65_HS1-834228961_62-HQ-83894_Section_8
Agency: FBI
Page 60
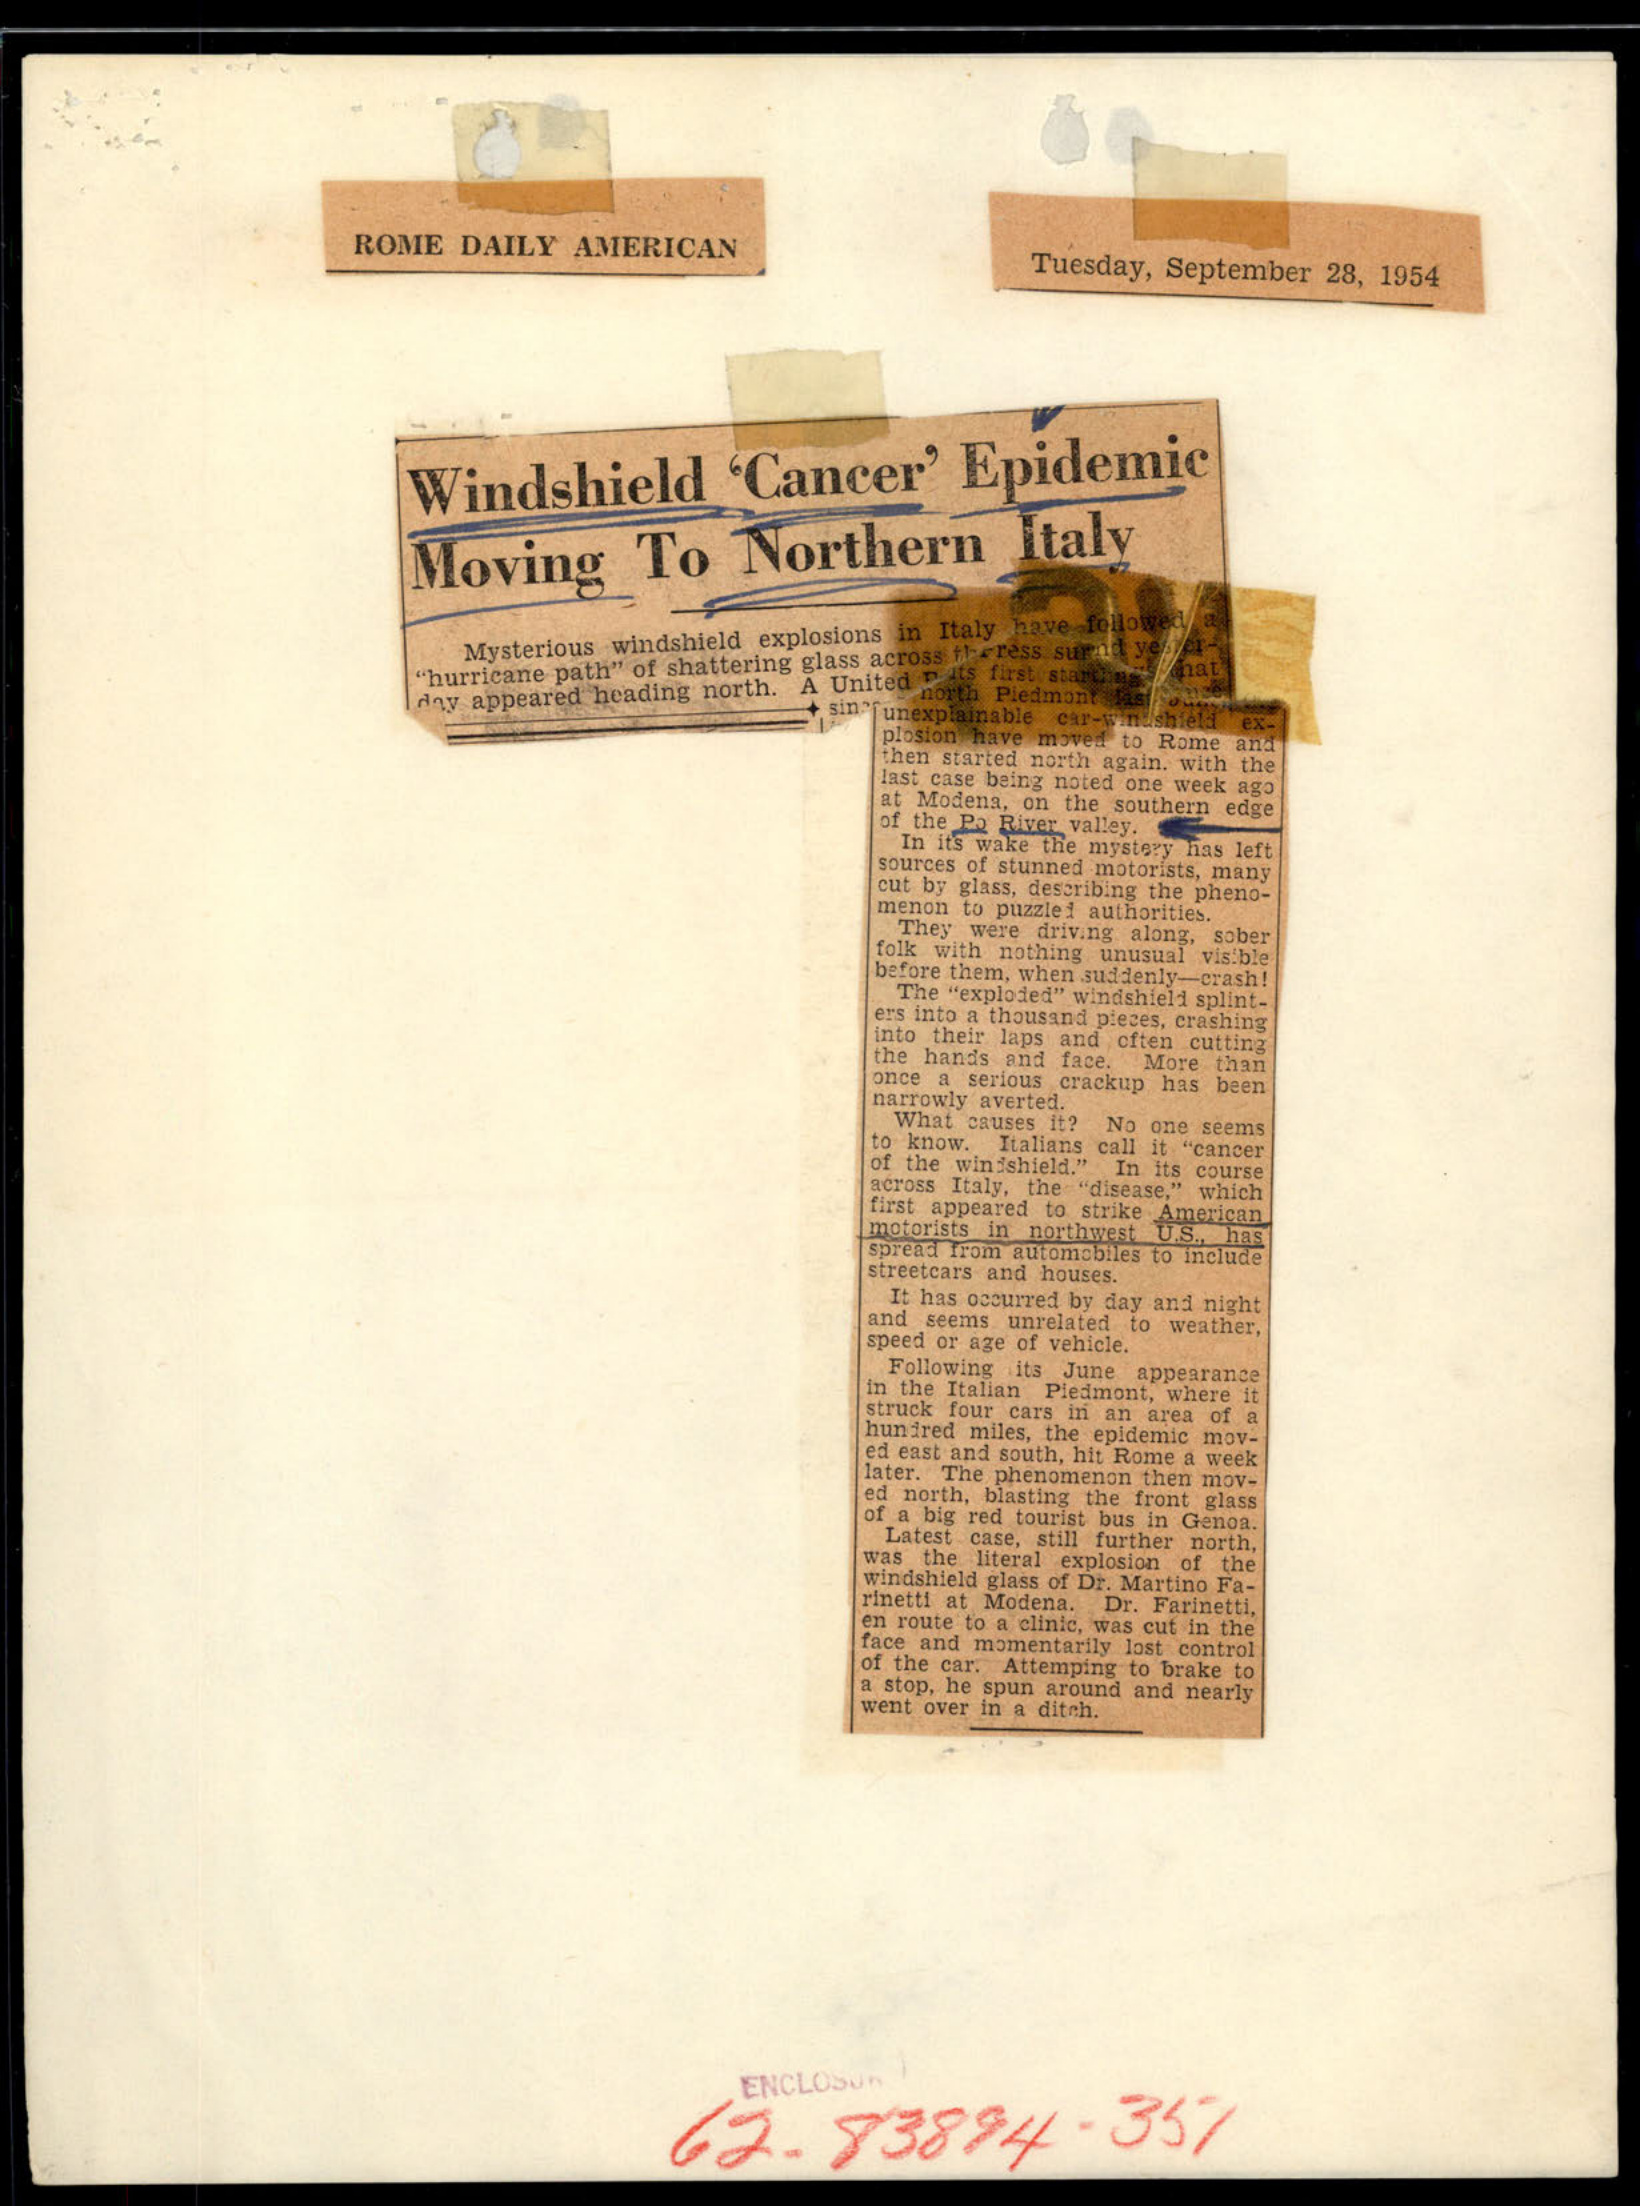